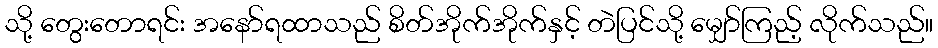
သို့ တွေးတောရင်း အနော်ရထာသည် စိတ်အိုက်အိုက်နှင့် တဲပြင်သို့ မျှော်ကြည့် လိုက်သည်။